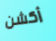
أكشن